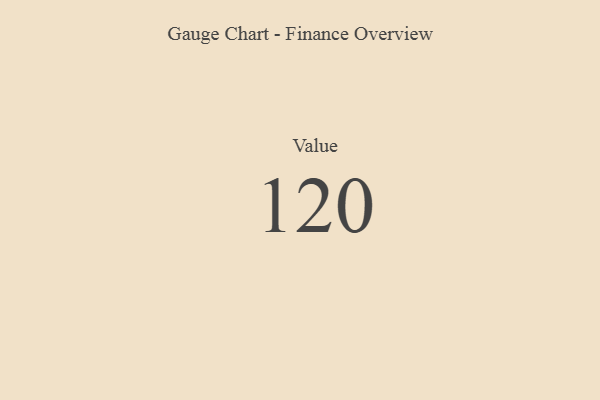
{"axis": {"x": "Metric", "y": "Value"}, "legend": [""], "data": [{"x": "Value", "y": 120, "type": ""}]}